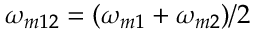
\omega _ { m 1 2 } = ( \omega _ { m 1 } + \omega _ { m 2 } ) / 2